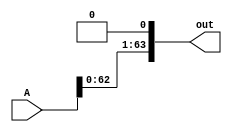
module SLL_Bit_64 #(parameter WIDTH = 1)(A, out);
    input [63:0] A;
    output [63:0] out;

    assign out[WIDTH-1:0] = 0;
    assign out[63:WIDTH] = A[63-WIDTH:0];
endmodule